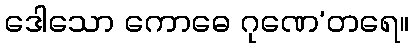
ဒေါသော ကောဓေ ဂုဏေ’တရေ။